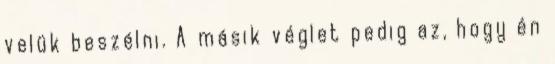
velük beszélni. A másik véglet pedig az, hogy én